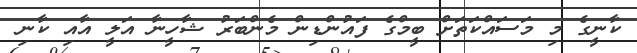
ކާނީގެ މި މަސައްކަތަށް ބީމްގެ ފައުންޑިން މެންބަރު ޝާހީނާ އަލީ އާއި ކާނި